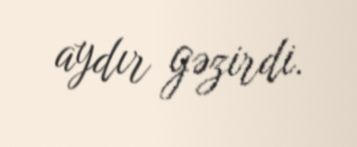
aydır gəzirdi.